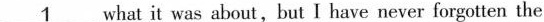
\underline{1} what it was about, but I have never forgotten the